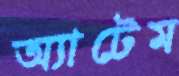
অ্যাটেম